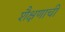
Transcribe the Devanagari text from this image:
शैक्षणाची